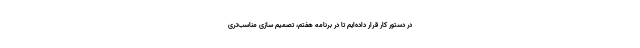
در دستور کار قرار داده‌ایم تا در برنامه هفتم، تصمیم سازی مناسب‌تری